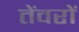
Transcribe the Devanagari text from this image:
तेंवरों